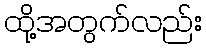
ထို့အတွက်လည်း